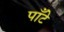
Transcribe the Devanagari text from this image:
पाँटे